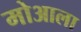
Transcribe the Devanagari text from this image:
मोआला